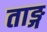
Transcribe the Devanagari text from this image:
ताङ्ग